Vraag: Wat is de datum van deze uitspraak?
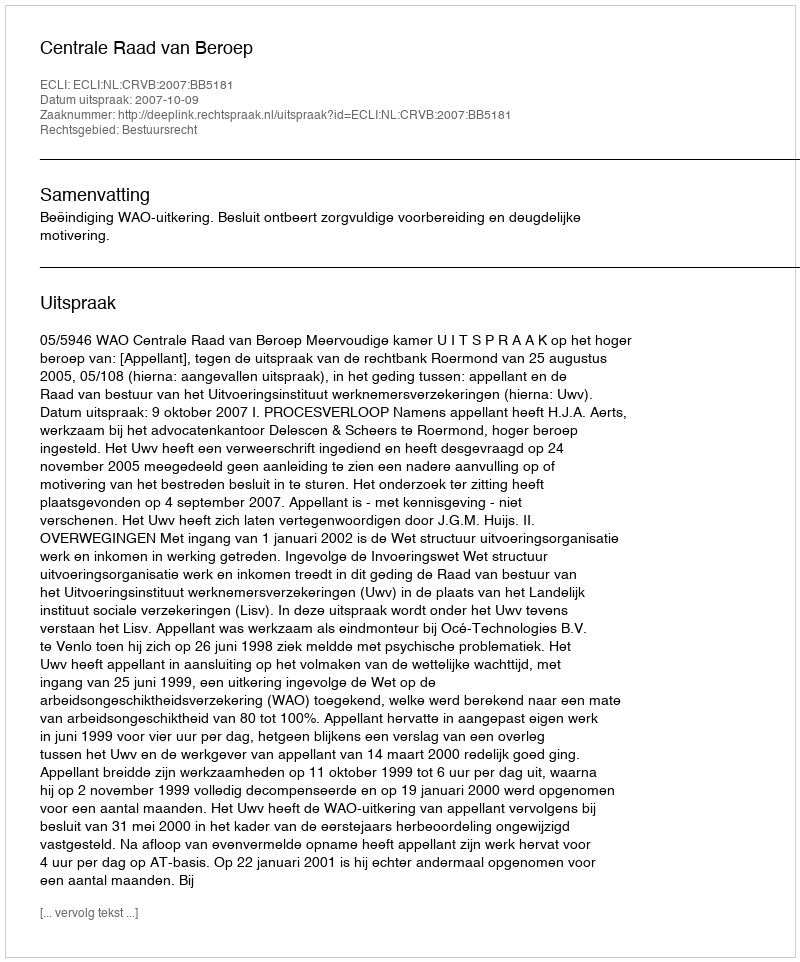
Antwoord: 2007-10-09